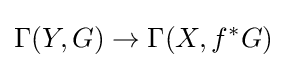
\Gamma (Y,G)\to \Gamma (X,f^{*}G)